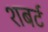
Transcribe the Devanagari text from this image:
शबर्ट